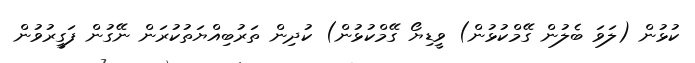
ކުޅުން (ލަވަ ބެލުން ގޭމްކުޅުން) ވީޑިޔޯ ގޭމްކުޅުން) ކުދިން ތަރުބިއްޔަތުކުރަން ނޭގުން ފަގީރުވުން